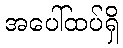
အပေါ်ထပ်ရှိ